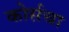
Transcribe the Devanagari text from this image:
कोर्सचा